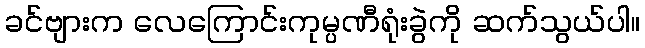
ခင်ဗျားက လေကြောင်းကုမ္ပဏီရုံးခွဲကို ဆက်သွယ်ပါ။